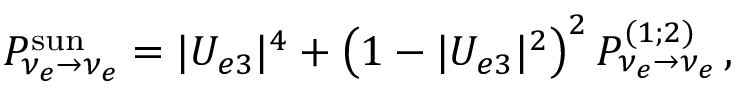
P _ { \nu _ { e } \to \nu _ { e } } ^ { \mathrm { s u n } } = | U _ { e 3 } | ^ { 4 } + \left( 1 - | U _ { e 3 } | ^ { 2 } \right) ^ { 2 } P _ { \nu _ { e } \to \nu _ { e } } ^ { ( 1 ; 2 ) } \, ,